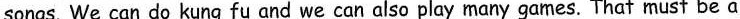
songs. We can do kung fu and we can also play many games. That must be a